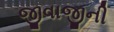
જીવાજીની